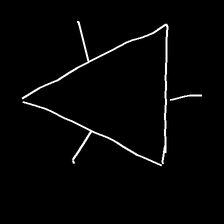
Glyph: fire